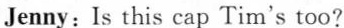
Jenny: Is this cap Tim's too?